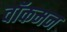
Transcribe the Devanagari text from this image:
वॉकमन